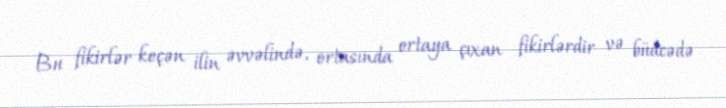
Bu fikirlər keçən ilin əvvəlində, ortasında ortaya çıxan fikirlərdir və büdcədə